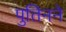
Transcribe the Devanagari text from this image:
पुतिनने